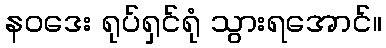
နဝဒေး ရုပ်ရှင်ရုံ သွားရအောင်။